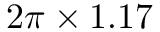
2 \pi \times 1 . 1 7